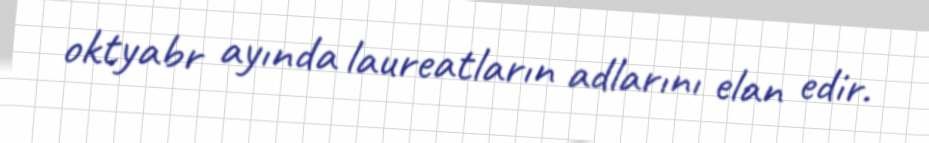
oktyabr ayında laureatların adlarını elan edir.